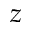
z